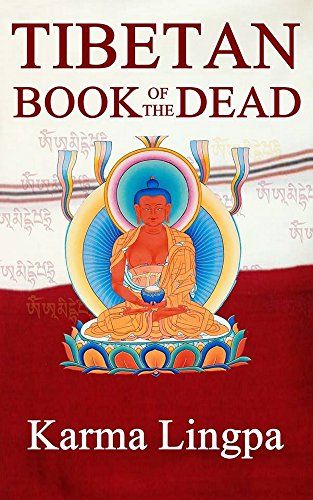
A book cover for The Tibetan Book of the Dead: A Guide to Liberation in Death; Karma Lingpa; Religion & Spirituality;